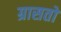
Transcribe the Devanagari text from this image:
ग्रासतो